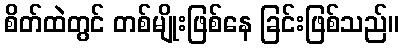
စိတ်ထဲတွင် တစ်မျိုးဖြစ်နေ ခြင်းဖြစ်သည်။